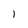
Character: 1